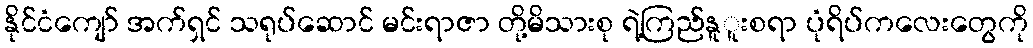
နိုင်ငံကျော် အက်ရှင် သရုပ်ဆောင် မင်းရာဇာ တို့မိသားစု ရဲ့ကြည်နူူးစရာ ပုံရိပ်ကလေးတွေကို